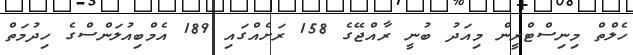
ހެލްތް މިނިސްޓްރީން މިއަދު ބުނީ ރާއްޖޭގެ 158 ރަށެއްގައި 189 އެމްބިއުލަންސްގެ ހިދުމަތް